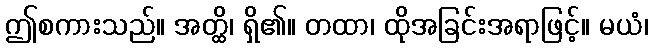
ဤစကားသည်။ အတ္ထိ၊ ရှိ၏။ တထာ၊ ထိုအခြင်းအရာဖြင့်။ မယံ၊